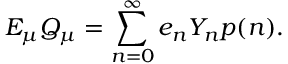
E _ { \mu } Q _ { \mu } = \sum _ { n = 0 } ^ { \infty } e _ { n } Y _ { n } p ( n ) .